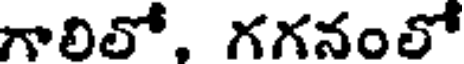
గాలిలో, గగనంలో